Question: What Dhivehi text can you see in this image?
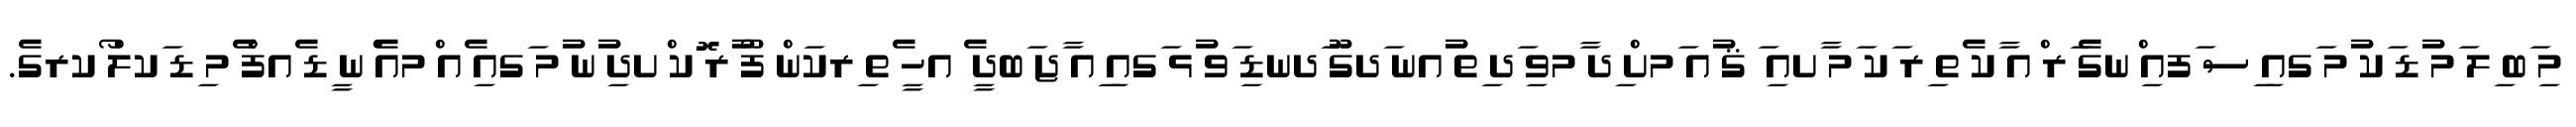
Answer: މި ަބ ިލ ަމ ުޑ ަކ ުމ ަގއި ިސ ަފއި ްނގެ ަރ ްއ ާކ ެތ ިރ ަކ ަމ ާށއި ަ ޤ ުއ ަމށް ިދ ާމވި ަދ ިތ ުއނ ަދގޫ ަދނޑި ަވ ުޅ ަގއި ިއ ާޖ ަބދީ ެ އހީ ެތ ިރކަން ފޯ ުރ ޮކ ްށދި ުނ ުމ ަގއި ެއ ްމއެ ްނ ީޑ ެއފް ެމ ިޑ ަކލް ޯކރގެ.